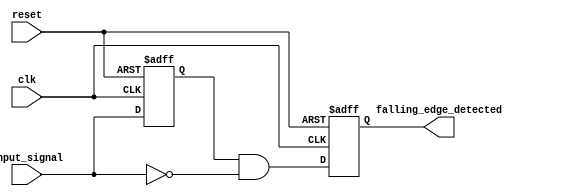
module FallingEdgeDetector (
    input wire clk,          // Clock signal
    input wire reset,        // Asynchronous reset
    input wire input_signal,  // Signal to monitor for falling edges
    output reg falling_edge_detected // Output signal indicating a falling edge
);

    reg previous_state; // Memory block to store the previous state of the input signal

    always @(posedge clk or posedge reset) begin
        if (reset) begin
            // On reset, initialize the previous state and output signal
            previous_state <= 1'b0;
            falling_edge_detected <= 1'b0;
        end else begin
            // On clock rising edge, sample the input signal
            // Check for falling edge
            falling_edge_detected <= (previous_state && !input_signal);
            previous_state <= input_signal; // Store the current state for next comparison
        end
    end

endmodule